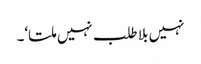
نہیں بلا طلب نہیں ملتا‘۔